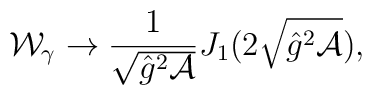
{\cal W}_{\gamma} \to \frac{1}{\sqrt{\hat g^2 {\cal A}}}J_1(2\sqrt{\hat g^2 {\cal A}}),